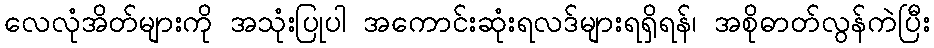
လေလုံအိတ်များကို အသုံးပြုပါ အကောင်းဆုံးရလဒ်များရရှိရန်၊ အစိုဓာတ်လွန်ကဲပြီး